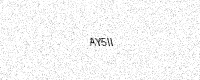
Text: AY5II